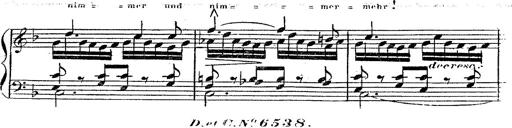
Title: 12 Lieder von Franz Schubert
Composer: Franz Liszt